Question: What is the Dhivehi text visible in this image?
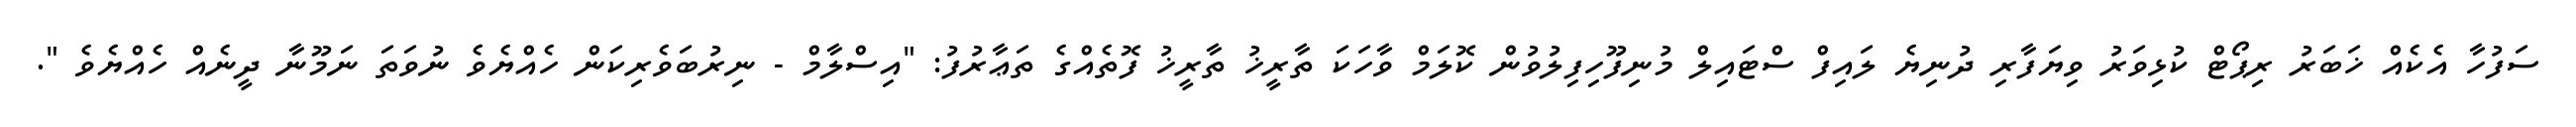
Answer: ސަފުހާ އެކެއް ޚަބަރު ރިޕޯޓް ކުޅިވަރު ވިޔަފާރި ދުނިޔެ ލައިފް ސްޓައިލް މުނިފޫހިފިލުވުން ކޮލަމް ވާހަކަ ތާރީޚު ތާރީޚު ފޮތެއްގެ ތަޢާރުފު: "އިސްލާމް - ނިރުބަވެރިކަން ހެއްޔެވެ ނުވަތަ ނަމޫނާ ދީނެއް ހެއްޔެވެ ".